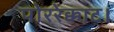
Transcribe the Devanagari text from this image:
पोररेक्काट।